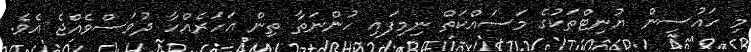
މި ހައުސިން ޔުނިޓްތަކުގެ މަސައްކަތް ނިމިފައި ހުންނަތާ ތިން އަހަރެއްހާ ދުވަސްވެއްޖެ އެވެ.